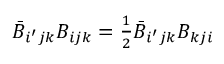
\bar { B } _ { i ^ { \prime } j k } B _ { i j k } = { \textstyle \frac { 1 } { 2 } } \bar { B } _ { i ^ { \prime } j k } B _ { k j i }